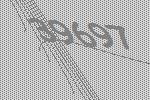
39697